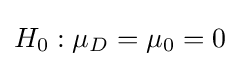
H_{0}:\mu _{D}=\mu _{0}=0